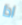
اذا